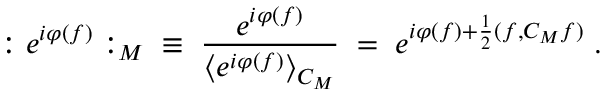
: e ^ { i \varphi ( f ) } : _ { M } \; \; \equiv \; \frac { e ^ { i \varphi ( f ) } } { \langle e ^ { i \varphi ( f ) } \rangle _ { C _ { M } } } \; = \; e ^ { i \varphi ( f ) + \frac { 1 } { 2 } ( f , C _ { M } f ) } \; .